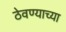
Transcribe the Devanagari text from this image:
ठेवण्‍याच्‍या